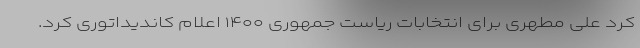
کرد علی مطهری برای انتخابات ریاست جمهوری ۱۴۰۰ اعلام کاندیداتوری کرد.